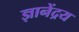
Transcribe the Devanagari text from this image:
ज्ञानेंद्रय